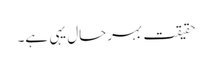
حقیقت بہرحال یہی ہے۔